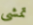
تمشى